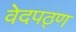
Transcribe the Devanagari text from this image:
वेदपठ्ण